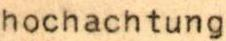
hochachtung